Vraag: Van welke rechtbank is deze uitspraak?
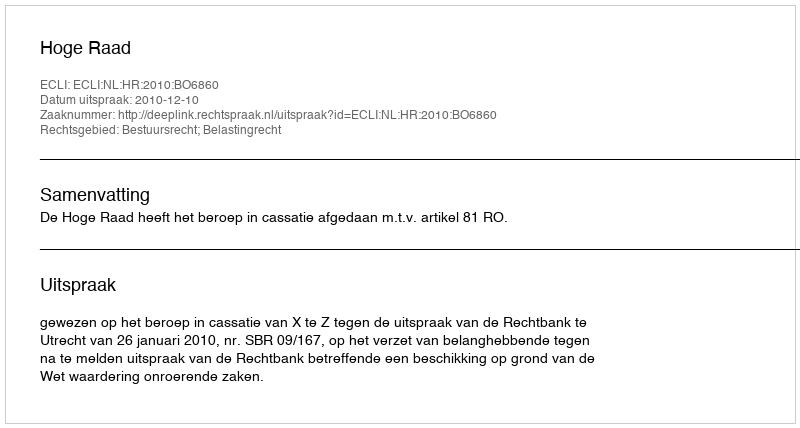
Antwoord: Hoge Raad